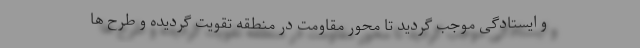
و ایستادگی موجب گردید تا محور مقاومت در منطقه تقویت گردیده و طرح ها